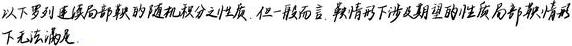
以下罗列连续局部鞅的随机积分之性质. 但一般而言, 鞅情形下涉及期望的性质局部鞅情形下无法满足.